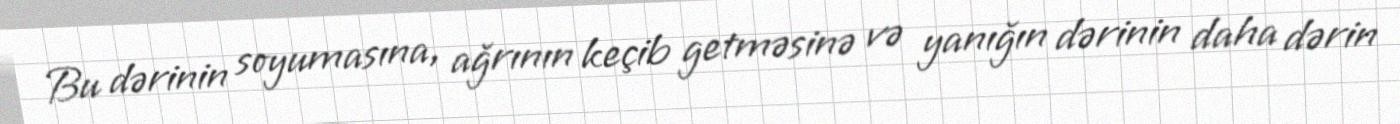
Bu dərinin soyumasına, ağrının keçib getməsinə və yanığın dərinin daha dərin